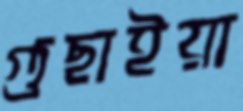
গুছাইয়া